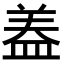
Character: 𭾂